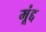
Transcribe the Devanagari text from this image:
मूंद्द